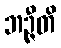
ဘဉ္ဇီတိ